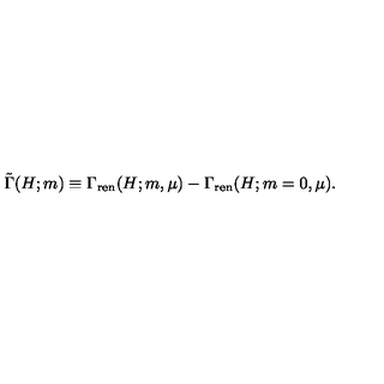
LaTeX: \tilde { \Gamma } ( H ; m ) \equiv \Gamma _ { \mathrm { r e n } } ( H ; m , \mu ) - \Gamma _ { \mathrm { r e n } } ( H ; m = 0 , \mu ) .